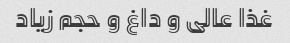
غذا عالی و داغ و حجم زیاد